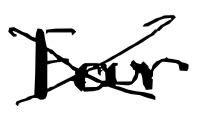
Text: Four
Cross-out: cross
Writing tool: digital_black